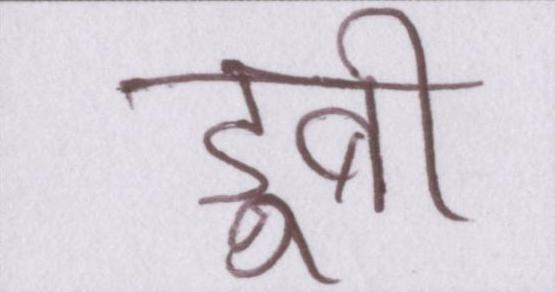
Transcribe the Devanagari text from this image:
डूबी